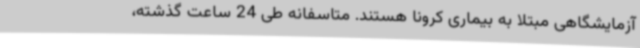
آزمایشگاهی مبتلا به بیماری کرونا هستند. متاسفانه طی 24 ساعت گذشته،